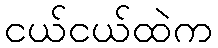
ငယ်ငယ်ထဲက